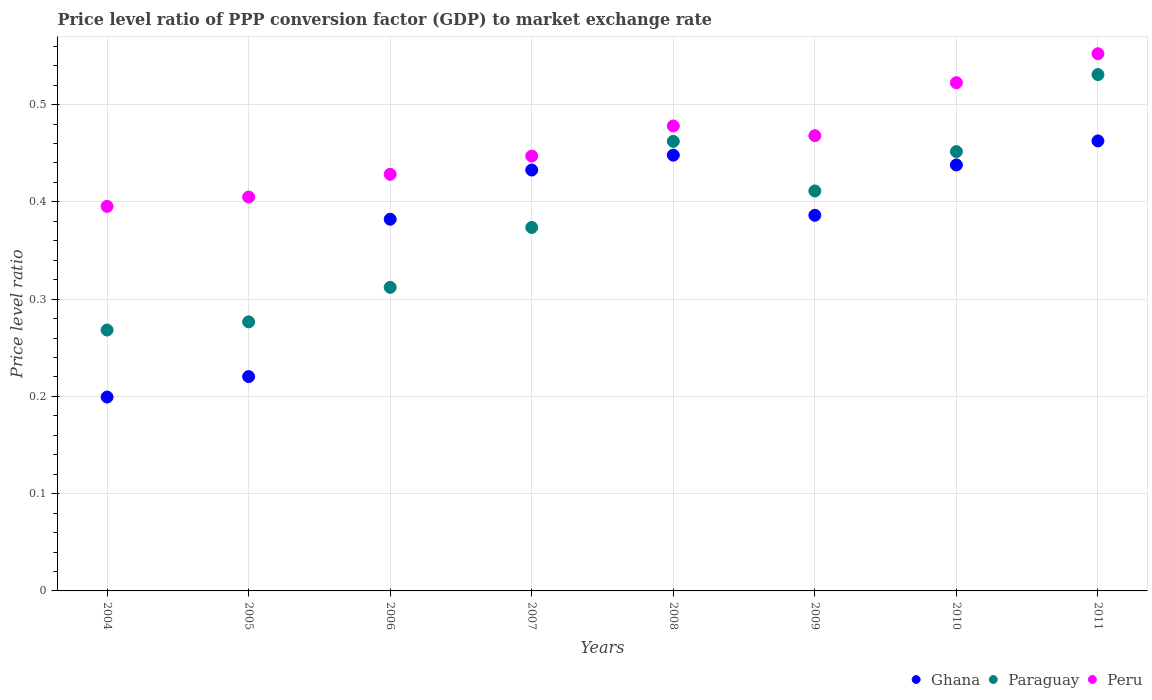
| Years | Ghana | Paraguay | Peru |
 | --- | --- | --- | --- |
 | 2004 | 0.199 | 0.268 | 0.395 |
 | 2005 | 0.22 | 0.277 | 0.405 |
 | 2006 | 0.382 | 0.312 | 0.428 |
 | 2007 | 0.433 | 0.374 | 0.447 |
 | 2008 | 0.448 | 0.462 | 0.478 |
 | 2009 | 0.386 | 0.411 | 0.468 |
 | 2010 | 0.438 | 0.452 | 0.522 |
 | 2011 | 0.463 | 0.531 | 0.552 |